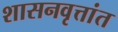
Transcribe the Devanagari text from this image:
शासनवृत्तांत